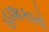
હાશકારો